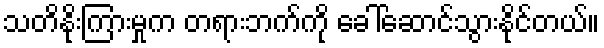
သတိနိုးကြားမှုက တရားဘက်ကို ခေါ်ဆောင်သွားနိုင်တယ်။